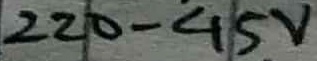
Text: 220-45V